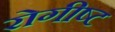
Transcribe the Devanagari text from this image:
रोगीष्ट